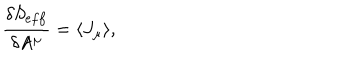
\frac { \delta S _ { e f f } } { \delta A ^ { \mu } } = \langle J _ { \mu } \rangle ,